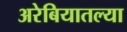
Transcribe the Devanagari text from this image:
अरेबियातल्या